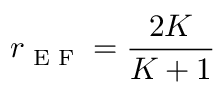
r _ { \textrm { E F } } = \frac { 2 K } { K + 1 }